Vaccination in Bombay 1863-1868 - 1863-1868
Year: 1863
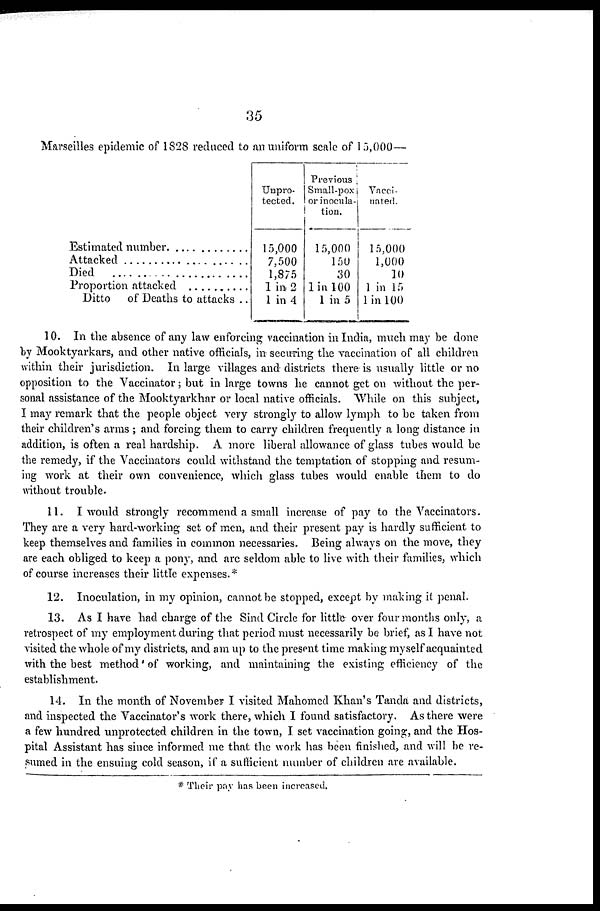
35
Marseilles epidemic of 1828 reduced to an uniform scale of 15,000—
Estimated number ..................
Attacked .................................
Died
...................................
Proportion attacked
Ditto
of Deaths to attacks ..
Unpro¬
tected.
15,000
7,500
1,875
1 in 2
1 in 4
Previous
Small-pox
or inocula¬
tion.
15,000
150
30
1 in 100
1 in 5
Vacci¬
nated.
15,000
1,000
10
1 in 15
1 in 100
10. In the absence of any law enforcing vaccination in India, much may be done
by Mooktyarkars, and other native officials, in securing the vaccination of all children
within their jurisdiction. In large villages and districts there is usually little or no
opposition to the Vaccinator; but in large towns he cannot get on without the per-
sonal assistance of the Mooktyarkhar or local native officials. While on this subject,
I may remark that the people object very strongly to allow lymph to be taken from
their children's arms ; and forcing them to carry children frequently a long distance in
addition, is often a real hardship. A more liberal allowance of glass tubes would be
the remedy, if the Vaccinators could withstand the temptation of stopping and resum-
ing work at their own convenience, which glass tubes would enable them to do
without trouble.
11. I would strongly recommend a small increase of pay to the Vaccinators.
They are a very hard-working set of men, and their present pay is hardly sufficient to
keep themselves and families in common necessaries. Being always on the move, they
are each obliged to keep a pony, and are seldom able to live with their families, which
of course increases their little expenses.*
12. Inoculation, in my opinion, cannot be stopped, except by making it penal.
13. As I have had charge of the Sind Circle for little- over four months only, a
retrospect of my employment during that period must necessarily be brief, as I have not
visited the whole of my districts, and am up to the present time making myself acquainted
with the best method' of working, and maintaining the existing efficiency of the
establishment.
14. In the month of November I visited Mahomed Khan's Tanda and districts,
and inspected the Vaccinator's work there, which I found satisfactory. As there were
a few hundred unprotected children in the town, I set vaccination going, and the Hos-
pital Assistant has since informed me that the work has been finished, and will be re-
sumed in the ensuing cold season, if a sufficient number of children are available.
* Their pay has been increased.